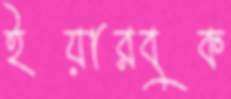
ইয়ারবুক